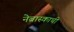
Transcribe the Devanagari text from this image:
नेब्रास्काची